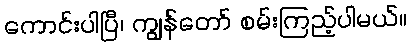
ကောင်းပါပြီ၊ ကျွန်တော် စမ်းကြည့်ပါမယ်။